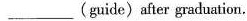
___(guide)after graduation.